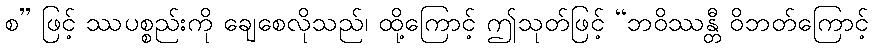
စ” ဖြင့် ဿပစ္စည်းကို ချေစေလိုသည်၊ ထို့ကြောင့် ဤသုတ်ဖြင့် “ဘဝိဿန္တီ ဝိဘတ်ကြောင့်